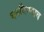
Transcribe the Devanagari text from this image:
बनविण्याच